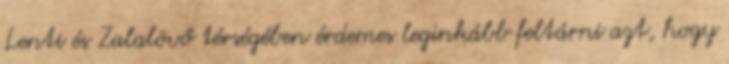
Lenti és Zalalövő térségében érdemes leginkább feltárni azt, hogy